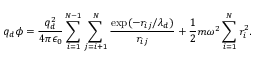
q _ { d } \phi = \frac { q _ { d } ^ { 2 } } { 4 \pi \epsilon _ { 0 } } \sum _ { i = 1 } ^ { N - 1 } \sum _ { j = i + 1 } ^ { N } \frac { \exp ( - r _ { i j } / \lambda _ { d } ) } { r _ { i j } } + \frac { 1 } { 2 } m \omega ^ { 2 } \sum _ { i = 1 } ^ { N } r _ { i } ^ { 2 } .